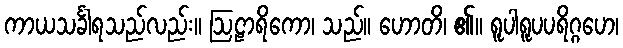
ကာယသင်္ခါရသည်လည်း။ ဩဠာရိကော၊ သည်။ ဟောတိ၊ ၏။ ရူပါရူပပရိဂ္ဂဟေ၊